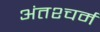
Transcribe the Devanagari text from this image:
अंतश्चर्म